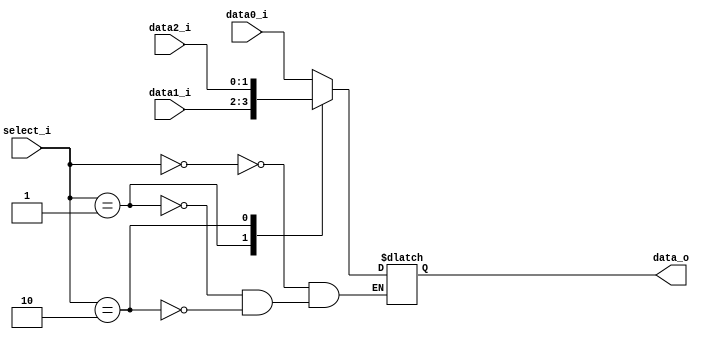
//109550073
`timescale 1ns / 1ps
//////////////////////////////////////////////////////////////////////////////////
// Company: 
// Engineer: 
// 
// Design Name: 
// Module Name: MUX_3to1
// Project Name: 
// Target Devices: 
// Tool Versions: 
// Description: 
// 
// Dependencies: 
// 
// Revision:
// Revision 0.01 - File Created
// Additional Comments:
// 
//////////////////////////////////////////////////////////////////////////////////


module MUX_3to1(
    data0_i,
    data1_i,
    data2_i,
    select_i,
    data_o
    );

parameter size = 0;			   
			
//I/O ports               
input   [size-1:0] data0_i;          
input   [size-1:0] data1_i;
input   [size-1:0] data2_i;
input   [1:0]      select_i;
output  [size-1:0] data_o; 

//Internal Signals
reg     [size-1:0] data_o;

//Main function
always@(*)begin
	case(select_i)
		2'b00:	data_o <= data0_i;
		2'b01:	data_o <= data1_i;
		2'b10:	data_o <= data2_i;
	endcase
end
endmodule